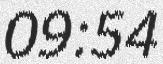
09:54